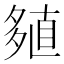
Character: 𡖻